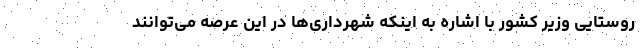
روستایی وزیر کشور با اشاره به اینکه شهرداری‌ها در این عرصه می‌توانند